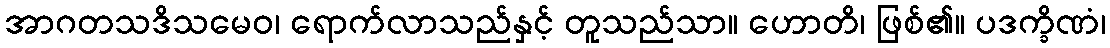
အာဂတသဒိသမေဝ၊ ရောက်လာသည်နှင့် တူသည်သာ။ ဟောတိ၊ ဖြစ်၏။ ပဒက္ခိဏံ၊